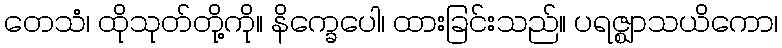
တေသံ၊ ထိုသုတ်တို့ကို။ နိက္ခေပေါ၊ ထားခြင်းသည်။ ပရဇ္ဈာသယိကော၊